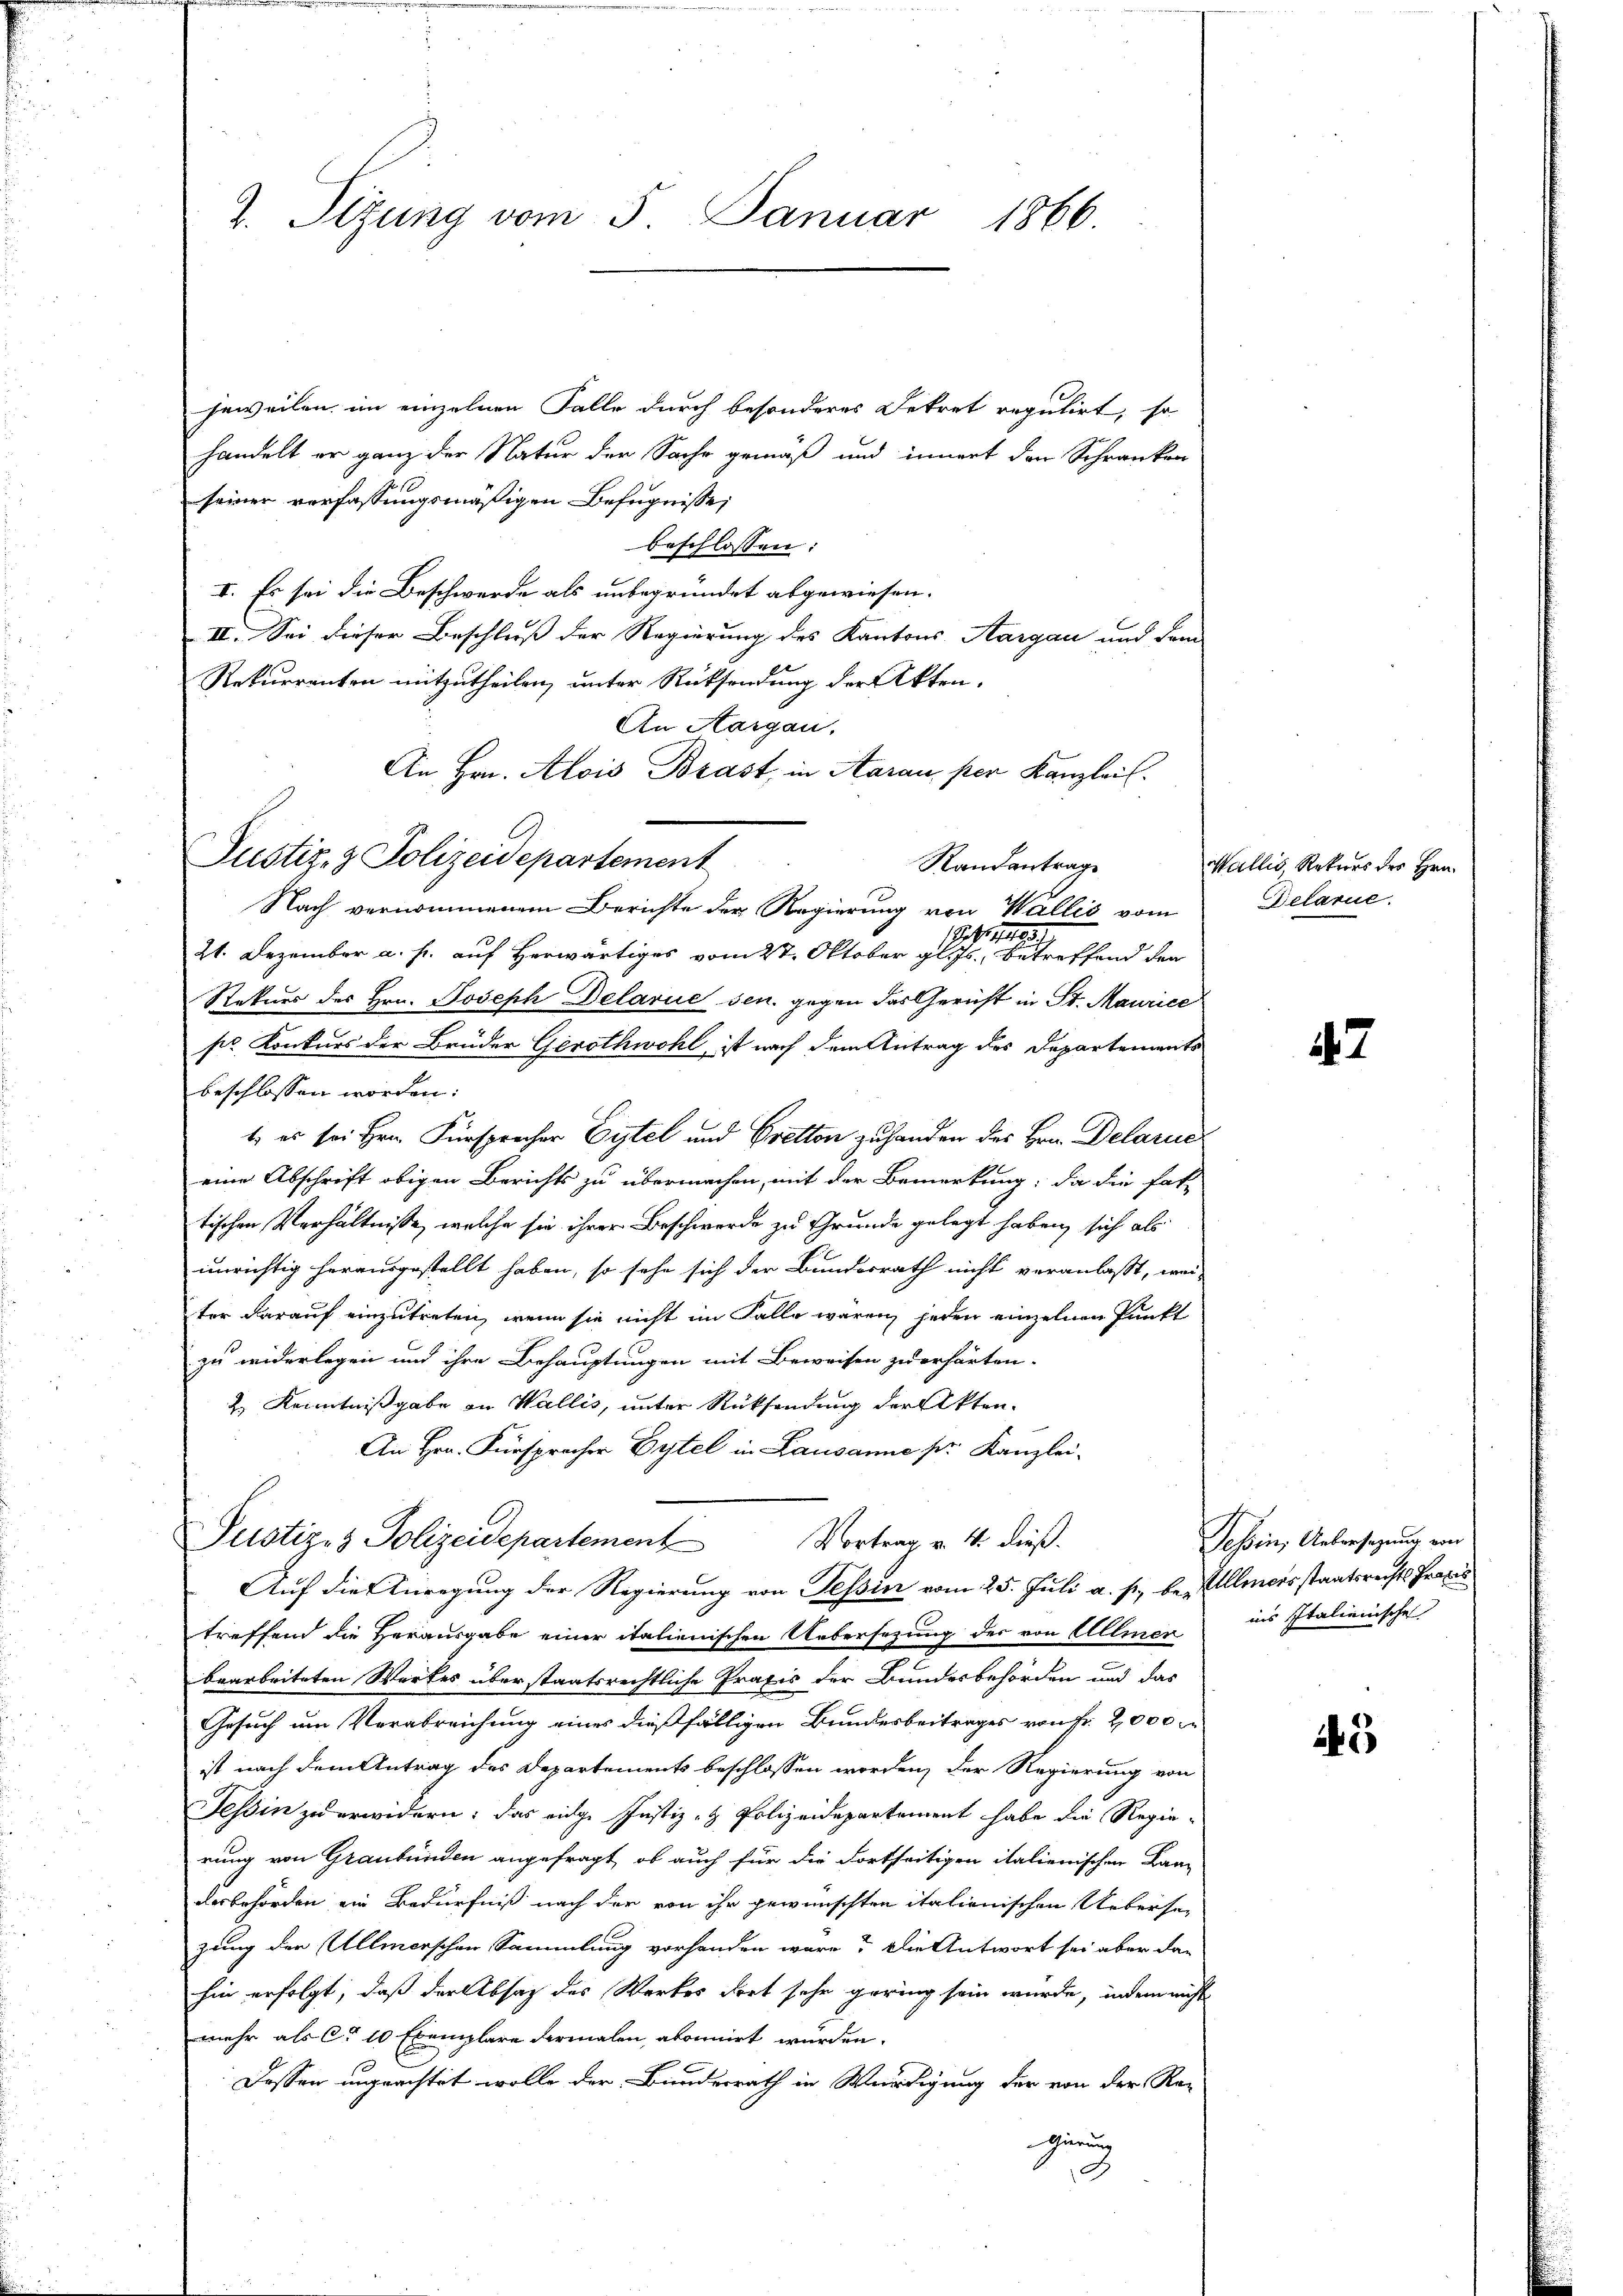
2. Sizung vom 5. Januar 1866.

jeweilen im einzelnen Falle durch besonderes Dekret regulirt, so
handelt er ganz der Natur der Sache gemäß und innert den Schranken
seiner verfassungsmäßigen Befugnisse,
beschlossen:
I. Es sei die Beschwerde als unbegründet abgewiesen.
II. Sei dieser Beschliess der Regierung des Kantons Aargau und dam
Rekurrenten mitzutheilen, unter Rücksendung der Akten.
An Aargau.
An Hrn. Alois Brast, in Aarau per Kanzlei.
Randantrag
Nach vernommenen Berichte der Regierung von Wallis vom
1
S
21. Dezember a. s. auf herwärtiges vom 27. Oktober gl. Js. betreffend den
Rekurs des Hrn. Joseph Delarie sen. gegen das Gericht in St. Maurice
pr Konkurs der Brüder Gerothwohl, ist nach dem Antrag des Departements
beschlossen worden:
t., es sei Hrn. Fürsprecher Eytel und Bretton zu handen des Hrn. Delarie
eine Abschrift obigen Berichts zu übermachen, mit der Bemerkung; da die fat-
tischen Verhältnisse, welche sie ihrer Beschwerde zu Grunde gelegt haben, sich als
unrichtig herausgestellt haben, so sehe sich der Bundesrath nicht veranlaßt, wei-
ter darauf einzutreten, wenn sie nicht im Falle wären, jeden einzelnen Punkt
zu widerlegen und ihre Behauptungen mit Beweisen zu erhärten.
2.) Kenntnißgabe an Wallis, unter Rücksendung der Akten.
An Hrn. Fürspracher Eitel in Lausanne pr. Kanzlei-
Justiz- & Polizeidepartement Vortrag v. 4. dieß.
Auf die Anregung der Regierung von Tessin vom 25. Juli a. p. be- Ullmersstaatsrechts Praxis
treffend die Herausgabe einer italienischen Uebersezung des von Allmer
bearbeiteten Wertes überstaatsrechtliche Praxis der Bundesbehörden und das
Gesuch um Verabreichung eines dießfälligen Bundesbeitrages von Fr. 2000
ist nach dem Antrag des Departements beschlossen worden, der Regierung von
Tessin zu erwidern: das eige Justiz- & Polizeidepartement habe die Regie-
rung von Graubünden angefragt, ob auch für die Fortseitigen italienischen Lan-
desbehörden ein Bedürfniß nach der von ihr gewünschten italienischen Uebersezung der Allmerschen Sammlung vorhanden wäre? Die Antwort sei aber dan
hin erfolgt, daß der Absatz des Werkes dort sehr gering sein wurde, indem nicht
mehr als Ca 10 Exemplare dermalen, abonnirt würden.
Dassen unprachtet wolle der Bunderrath in Würdigung der von der Rei-
gierung
.

Justiz- & Polizeidepartement

Wallis, Rekurs des Hrn.
Delarie.

42

Tessin, Uebersezung von
ins Italienische

45